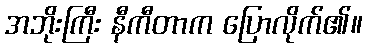
အဘိုးကြီး နီကီတာက ပြောလိုက်၏။